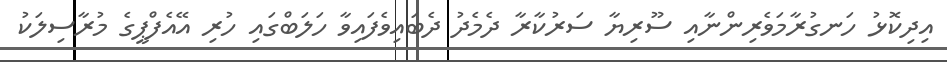
އިދިކޮޅު ހަނގުރާމަވެރިންނާއި ސޫރިޔާ ސަރުކާރާ ދެމެދު ދެބައިވެފައިވާ ހަލަބްގައި ހުރި އޭއެފްޕީގެ މުރާސިލަކު